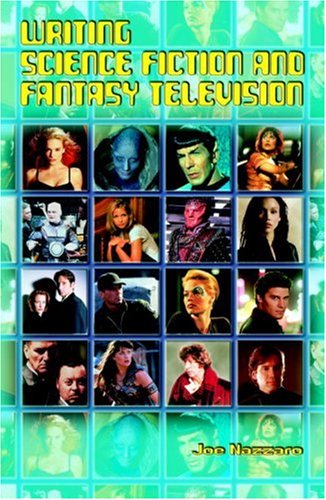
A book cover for Writing Science Fiction and Fantasy Television; Joe Nazzaro; Science Fiction & Fantasy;